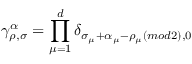
\gamma _ { \rho , \sigma } ^ { \alpha } = \prod _ { \mu = 1 } ^ { d } \delta _ { \sigma _ { \mu } + \alpha _ { \mu } - \rho _ { \mu } ( m o d 2 ) , 0 }